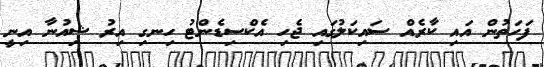
ފަހަތުން އައި ކާރެއް ސައިކަލުގައި ޖެހި އެކްސިޑެންޓު ހިނގި އިރު ޝިއުނާ އިނީ